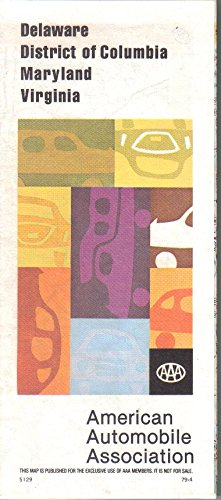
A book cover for AAA Higway Map - Delaware, District of Columbia, Maryland, Virginia (Spring 1979); AAA; Travel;